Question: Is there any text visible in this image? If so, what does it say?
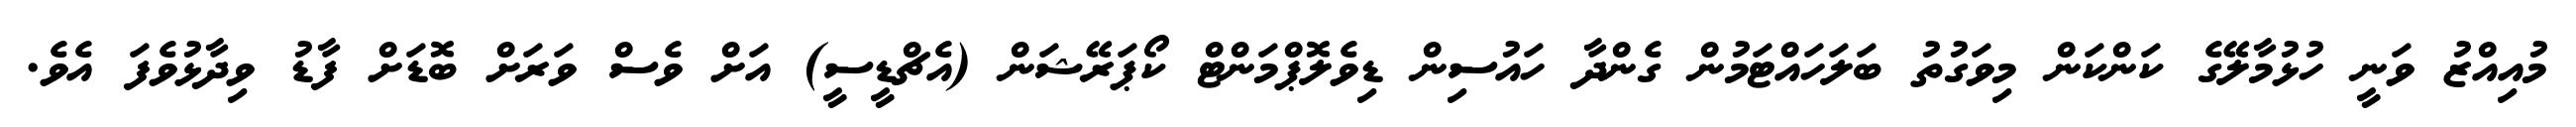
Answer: މުއިއްޒު ވަނީ ހުޅުމާލޭގެ ކަންކަން މިވަގުތު ބަލަހައްޓަމުން ގެންދާ ހައުސިން ޑިވެލޮޕްމަންޓް ކޯޕަރޭޝަން (އެޗްޑީސީ) އަށް ވެސް ވަރަށް ބޮޑަށް ފާޑު ވިދާޅުވެފަ އެވެ.